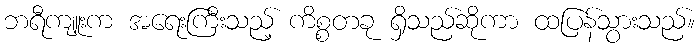
ဘရီကျူးက အရေးကြီးသည့် ကိစ္စတခု ရှိသည်ဆိုကာ ထပြန်သွားသည်။